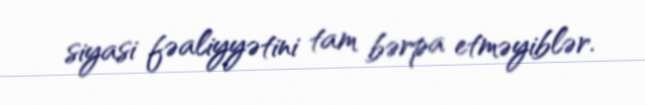
siyasi fəaliyyətini tam bərpa etməyiblər.